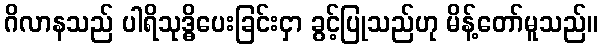
ဂိလာနသည် ပါရိသုဒ္ဓိပေးခြင်းငှာ ခွင့်ပြုသည်ဟု မိန့်တော်မူသည်။